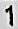
1